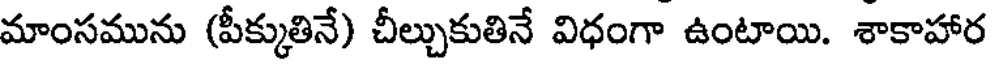
మాంసమును (పీక్కుతినే) చీల్చుకుతినే విధంగా ఉంటాయి. శాకాహార